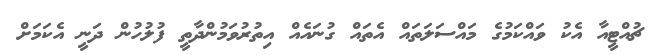
ޗުއްޓީއާ އެކު ވައްކަމުގެ މައްސަލަތައް އެތައް ގުނައެއް އިތުރުވަމުންދާތީ ފުލުހުން ދަނީ އެކަމަށް